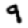
Digit: 9